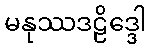
မနုဿဒဠိဒ္ဒေါ